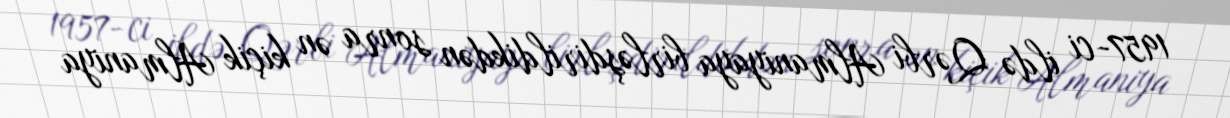
1957-ci ildə Qərbi Almaniyaya birləşdirildikdən sonra ən kiçik Almaniya